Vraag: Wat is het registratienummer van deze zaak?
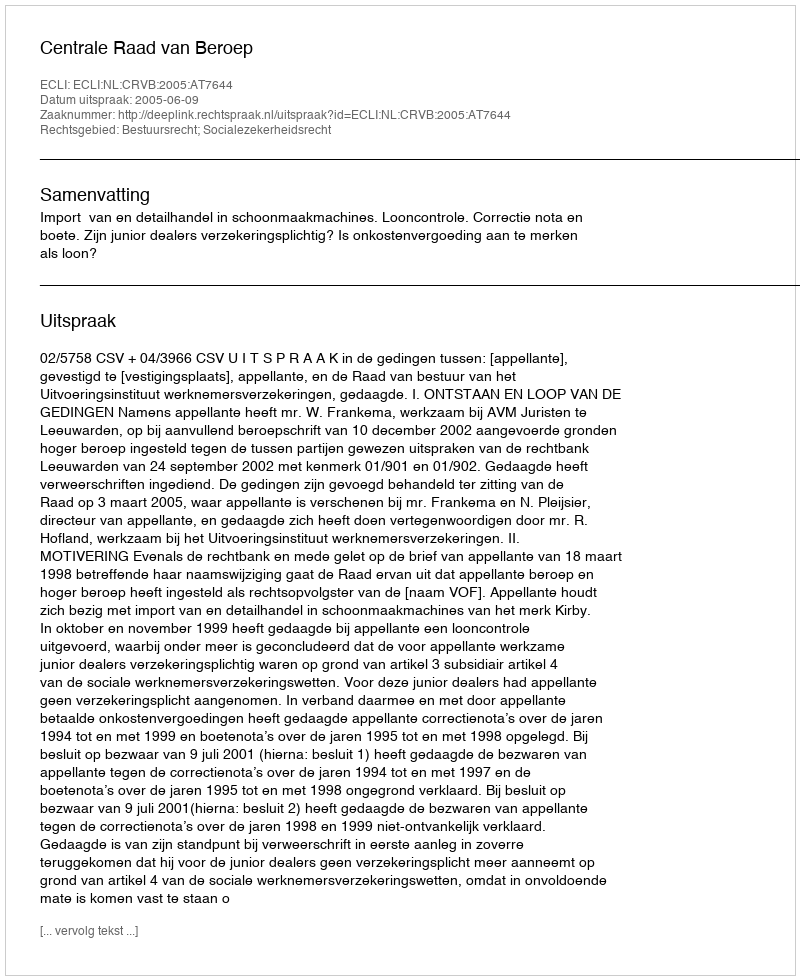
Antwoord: http://deeplink.rechtspraak.nl/uitspraak?id=ECLI:NL:CRVB:2005:AT7644